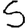
Digit: 5